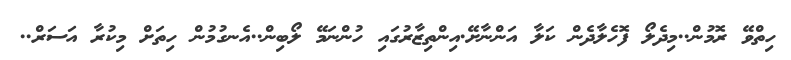
ހިތްވޭ ރޮމުން..މިދެލޯ ފޮހެލާދެން ކަލާ އަންނާށޭ.އިންތިޒާރުގައި ހުންނަމޭ ލޯބިން..އެނގުމުން ހިތަށް މިކުރާ އަސަރް..